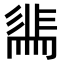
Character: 𭛖